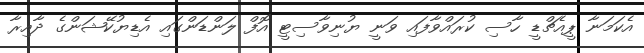
އެކަމަނާ ޕީއެޗްޑީ ހާސި ކުރައްވާފައި ވަނީ ޔުނިވާސިޓީ އޮފް ލަންޑަންގައި އެޑިޔުކޭޝަންގެ ދާއިރާ